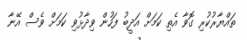
ތައްޔާރުކުރި ގޮވާ އެތި ކަމަށް އަދީބު ފަހުން ވިދާޅުވި ކަމަށް ވެސް އޭނާ